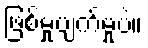
ဖြစ်မှုပျက်မှုပဲ။